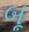
બૂ